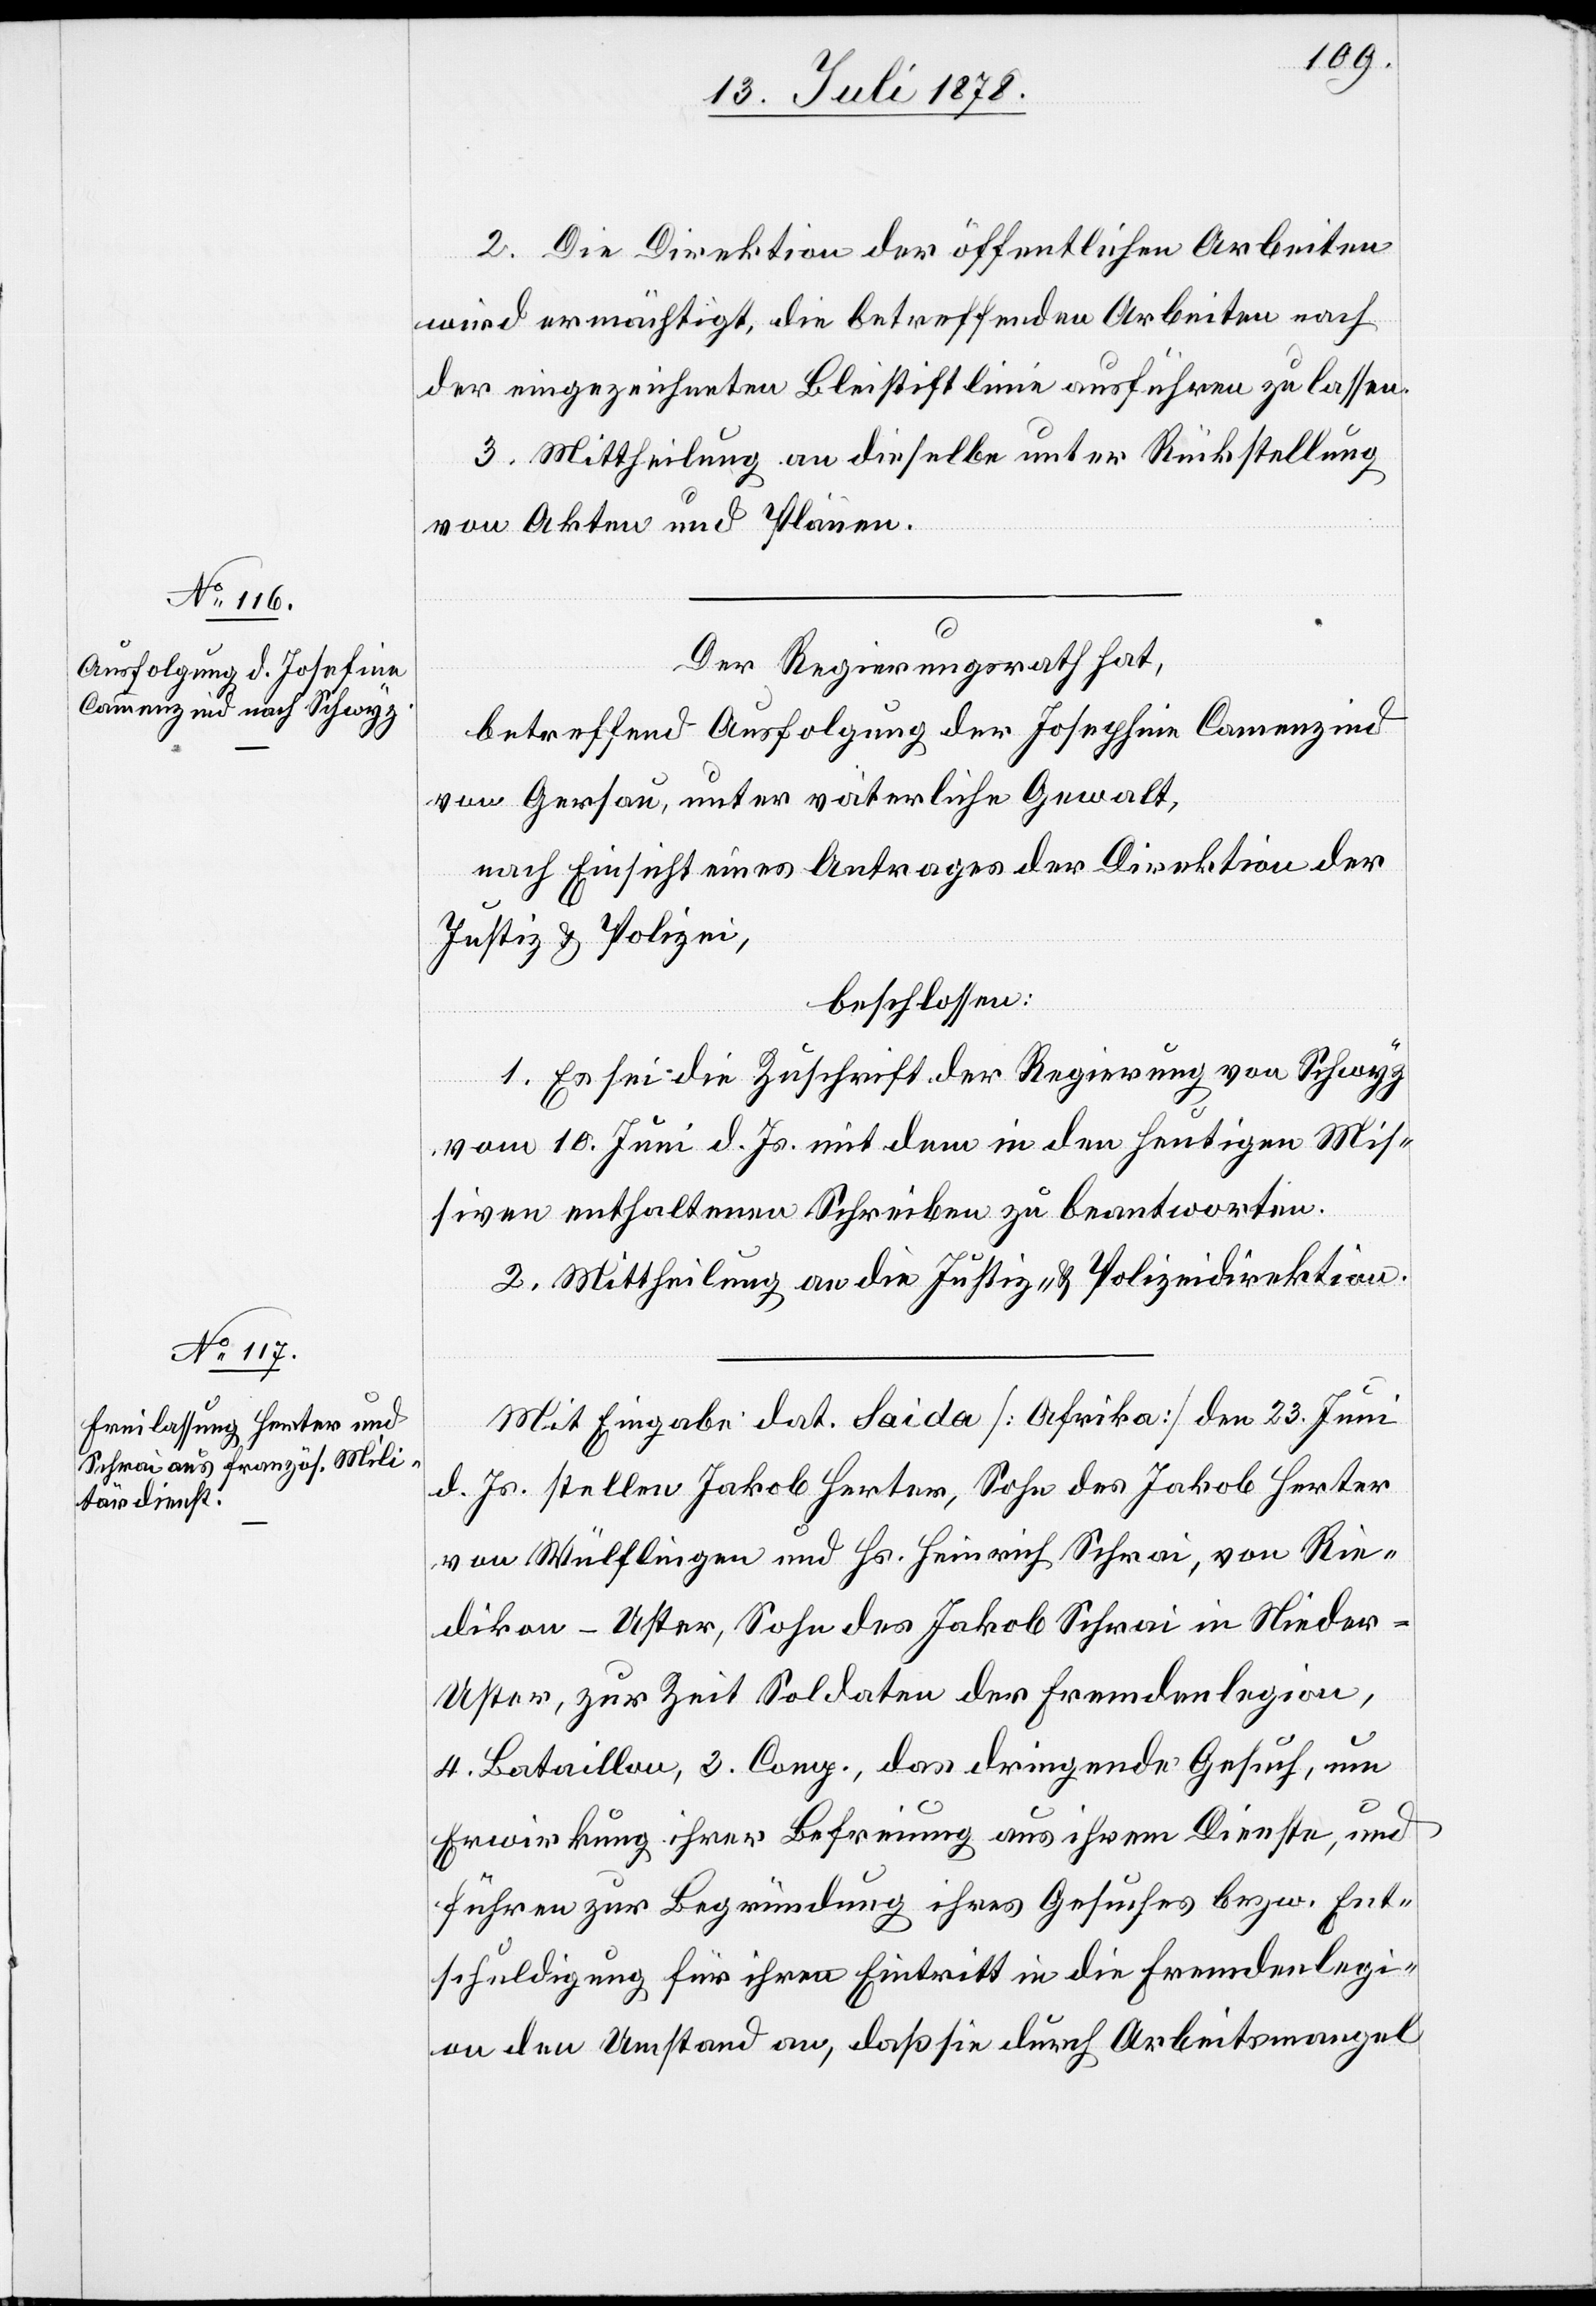
2. Die Direktion der öffentlichen Arbeiten
wird ermächtigt, die betreffenden Arbeiten nach
der eingezeichneten Bleistiftlinie ausführen zu lassen.
3. Mittheilung an dieselbe unter Rückstellung
von Akten und Plänen.
Der Regierungsrath hat,
betreffend Ausfolgung der Josephina [sic!] Camenzind
von Gersau, unter väterliche Gewalt,
nach Einsicht eines Antrages der Direktion der
dikon
Justiz & Polizei,
beschlossen:
1. Es sei die Zuschrift der Regierung von Schwyz
vom 10. Juni d. Js. mit dem in den heutigen Mis¬
siven enthaltenen Schreiben zu beantworten.
2. Mittheilung an die Justiz- & Polizeidirektion.
Mit Eingabe dat. Saida [Afrika] den 23. Juni
d. Js. stellen Jakob Herter, Sohn des Jakob Herter
von Wülflingen und Hs. Heinrich Schrai, von Rie¬
Uster, zur Zeit Soldaten der Fremdenlegion,
4. Bataillon, 2. Comp., das dringende Gesuch, um
Erwirkung ihrer Befreiung aus ihrem Dienste, und
führen zur Begründung ihres Gesuches bezw. Ent¬
schuldigung für ihren Eintritt in die Fremdenlegi¬
on den Umstand an, daß sie durch Arbeitsmangel